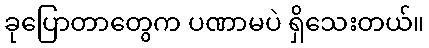
ခုပြောတာတွေက ပဏာမပဲ ရှိသေးတယ်။